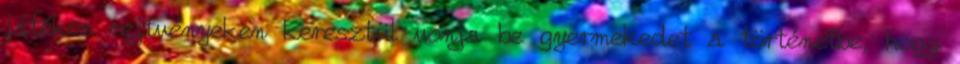
játékos rejtvényeken keresztül vonja be gyermekedet a történetbe, hogy